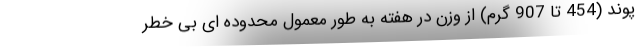
پوند (454 تا 907 گرم) از وزن در هفته به طور معمول محدوده ای بی خطر